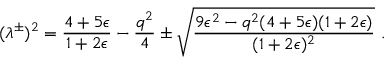
( \lambda ^ { \pm } ) ^ { 2 } = \frac { 4 + 5 \epsilon } { 1 + 2 \epsilon } - \frac { q ^ { 2 } } { 4 } \pm \sqrt { \frac { 9 \epsilon ^ { 2 } - q ^ { 2 } ( 4 + 5 \epsilon ) ( 1 + 2 \epsilon ) } { ( 1 + 2 \epsilon ) ^ { 2 } } } \ .